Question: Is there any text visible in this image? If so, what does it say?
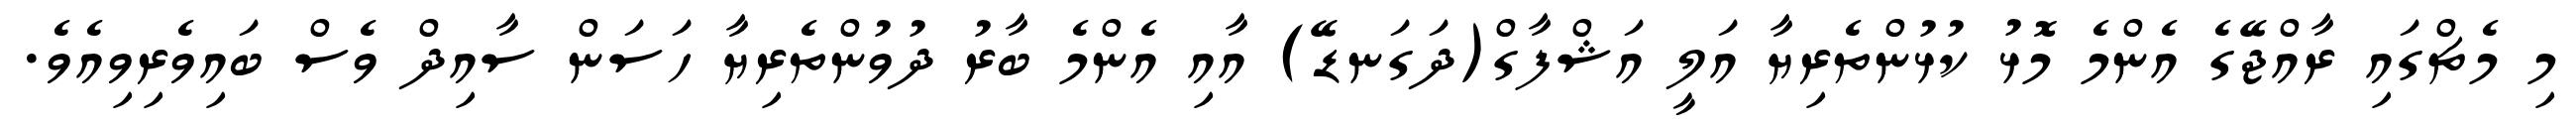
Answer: މި މެޗްގައި ރާއްޖޭގެ އެންމެ މޮޅު ކުޅުންތެރިޔާ އަލީ އަޝްފާގް(ދަގަނޑޭ) އާއި އެންމެ ބާރު ދުވުންތެރިޔާ ހަސަން ސާއިދް ވެސް ބައިވެރިވިއެވެ.